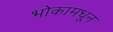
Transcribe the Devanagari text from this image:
भोकामधून